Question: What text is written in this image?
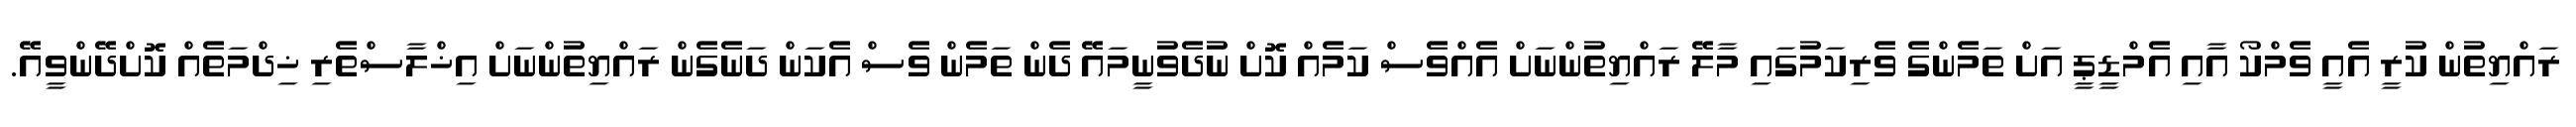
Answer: ރައްޔިތުން ކުރީ އެއީ ވެމްކޯ އާއި އެމްޑީޕީ އަށް ތަމެންގެ ވެރިކަމުގައި މާލޭ ރައްޔިތުންނަށް އެއްވެސް ކަމެއް ކޮށް ނުދެވުނީމައޭ ދެން ތަމެން ވެސް އެކަން ދަނެގެން ރައްޔިތުންނަށް އިޚްލާސްތެރި ޚިދްމަތެއް ކޮށްދޭންވީއޭ.